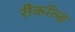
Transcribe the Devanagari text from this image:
रीकॉल्ड